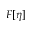
F [ \eta ]